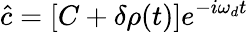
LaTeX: \hat{c}=[C+\delta\rho(t)]e^{-i\omega_{d}t}